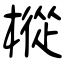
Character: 樅